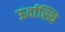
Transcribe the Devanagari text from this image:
ऊर्वास्थि